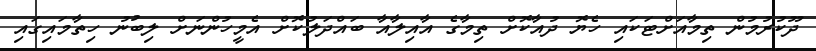
ދޫކުރުމުން ތިމާއަށްޓަކައި ހެޔޮ ދުއާކޮށް ތިމާގެ އާއިލާއާ ބައްދަލުކޮށް އެމީހުންނަށް ލިބުނު ހިތާމައިގައި